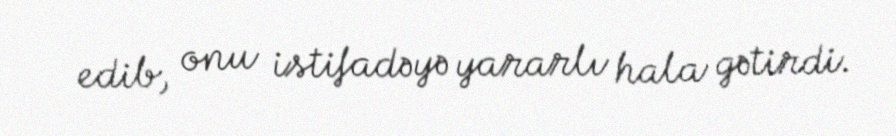
edib, onu istifadəyə yararlı hala gətirdi.